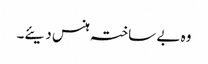
وہ بے ساختہ ہنس دیئے۔